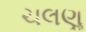
ચલણૢ